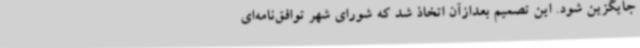
جایگزین شود. این تصمیم بعدازآن اتخاذ شد که شورای شهر توافق‌نامه‌ای